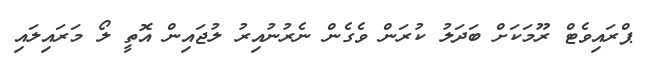
ޕްރައިވެޓް ރޫމަކަށް ބަދަލު ކުރަން ވެގެން ނެރުނުއިރު ލުޖައިން އޮތީ ލޯ މަރައިލައި